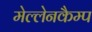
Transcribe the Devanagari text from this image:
मेल्लेनकैम्प